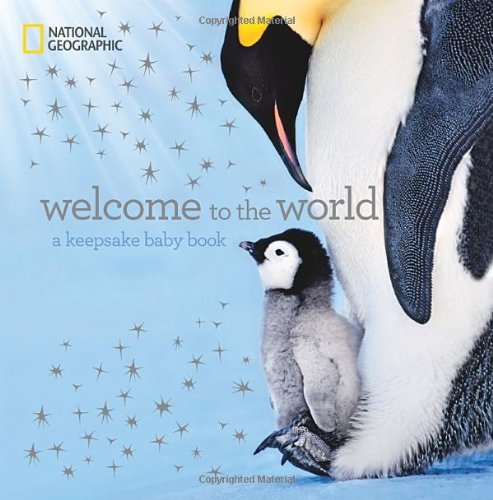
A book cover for Welcome to the World: A Keepsake Baby Book; Marfe Ferguson Delano; Crafts, Hobbies & Home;